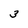
Character: 3